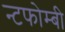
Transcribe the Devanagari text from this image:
न्टफोम्बी